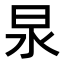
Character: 𭥚